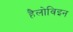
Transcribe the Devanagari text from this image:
हैलोविइन